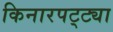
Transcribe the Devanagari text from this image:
किनारपट्ट्या